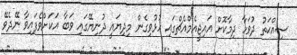
ސިއްޙަތު ދުވަހާ ދިމާކޮށް އައިޖީއެމްއެޗްގައި ހުޅުވިގެން މިދިޔައީ ދުނިޔޭގައި ވަބާ އަކަށްވެފައިވާ ނޭދެވޭ